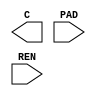
// Verilog HDL NetList 
//   timeStamp 2005 7 28 16 16 54 
//   author "Avanti Corporation."
//   program "A2Hdl" 
//   design library: io_tpz013g3
//   cell name     : io_tpz013g3.CEL (version 1)
module PDUWDGZ ( C , PAD , REN );
    output C ;
    input PAD ;
    input REN ;
endmodule 
module PDXO01DG ( XC , XIN , XOUT );
    output XC ;
    input XIN ;
    output XOUT ;
endmodule 
module PDXO02DG ( XC , XIN , XOUT );
    output XC ;
    input XIN ;
    output XOUT ;
endmodule 
module PDXO03DG ( XC , XIN , XOUT );
    output XC ;
    input XIN ;
    output XOUT ;
endmodule 
module PDXOE1DG ( E , XC , XIN , XOUT );
    input E ;
    output XC ;
    input XIN ;
    output XOUT ;
endmodule 
module PDXOE2DG ( E , XC , XIN , XOUT );
    input E ;
    output XC ;
    input XIN ;
    output XOUT ;
endmodule 
module PDXOE3DG ( E , XC , XIN , XOUT );
    input E ;
    output XC ;
    input XIN ;
    output XOUT ;
endmodule 
module PFEED0_005Z ();
endmodule 
module PFEED0_01Z ();
endmodule 
module PDD12DGZ ( C , I , OEN , PAD );
    output C ;
    input I ;
    input OEN ;
    inout PAD ;
endmodule 
module PDD12SDGZ ( C , I , OEN , PAD );
    output C ;
    input I ;
    input OEN ;
    inout PAD ;
endmodule 
module PDD16DGZ ( C , I , OEN , PAD );
    output C ;
    input I ;
    input OEN ;
    inout PAD ;
endmodule 
module PDD16SDGZ ( C , I , OEN , PAD );
    output C ;
    input I ;
    input OEN ;
    inout PAD ;
endmodule 
module PDD24DGZ ( C , I , OEN , PAD );
    output C ;
    input I ;
    input OEN ;
    inout PAD ;
endmodule 
module PDD24SDGZ ( C , I , OEN , PAD );
    output C ;
    input I ;
    input OEN ;
    inout PAD ;
endmodule 
module PDDDGZ ( C , PAD );
    output C ;
    input PAD ;
endmodule 
module PDDSDGZ ( C , PAD );
    output C ;
    input PAD ;
endmodule 
module PDDW02DGZ ( C , I , OEN , PAD , REN );
    output C ;
    input I ;
    input OEN ;
    inout PAD ;
    input REN ;
endmodule 
module PDDW04DGZ ( C , I , OEN , PAD , REN );
    output C ;
    input I ;
    input OEN ;
    inout PAD ;
    input REN ;
endmodule 
module PDDW08DGZ ( C , I , OEN , PAD , REN );
    output C ;
    input I ;
    input OEN ;
    inout PAD ;
    input REN ;
endmodule 
module PDDW12DGZ ( C , I , OEN , PAD , REN );
    output C ;
    input I ;
    input OEN ;
    inout PAD ;
    input REN ;
endmodule 
module PDDW16DGZ ( C , I , OEN , PAD , REN );
    output C ;
    input I ;
    input OEN ;
    inout PAD ;
    input REN ;
endmodule 
module PRD24SDGZ ( C , I , OEN , PAD );
    output C ;
    input I ;
    input OEN ;
    inout PAD ;
endmodule 
module PRDW08DGZ ( C , I , OEN , PAD , REN );
    output C ;
    input I ;
    input OEN ;
    inout PAD ;
    input REN ;
endmodule 
module PRDW12DGZ ( C , I , OEN , PAD , REN );
    output C ;
    input I ;
    input OEN ;
    inout PAD ;
    input REN ;
endmodule 
module PRDW16DGZ ( C , I , OEN , PAD , REN );
    output C ;
    input I ;
    input OEN ;
    inout PAD ;
    input REN ;
endmodule 
module PRDW24DGZ ( C , I , OEN , PAD , REN );
    output C ;
    input I ;
    input OEN ;
    inout PAD ;
    input REN ;
endmodule 
module PRO08CDG ( I , PAD );
    input I ;
    output PAD ;
endmodule 
module PRO12CDG ( I , PAD );
    input I ;
    output PAD ;
endmodule 
module PRO16CDG ( I , PAD );
    input I ;
    output PAD ;
endmodule 
module PRO24CDG ( I , PAD );
    input I ;
    output PAD ;
endmodule 
module PDU02DGZ ( C , I , OEN , PAD );
    output C ;
    input I ;
    input OEN ;
    inout PAD ;
endmodule 
module PDU02SDGZ ( C , I , OEN , PAD );
    output C ;
    input I ;
    input OEN ;
    inout PAD ;
endmodule 
module PDU04DGZ ( C , I , OEN , PAD );
    output C ;
    input I ;
    input OEN ;
    inout PAD ;
endmodule 
module PDU04SDGZ ( C , I , OEN , PAD );
    output C ;
    input I ;
    input OEN ;
    inout PAD ;
endmodule 
module PDU08DGZ ( C , I , OEN , PAD );
    output C ;
    input I ;
    input OEN ;
    inout PAD ;
endmodule 
module PDU08SDGZ ( C , I , OEN , PAD );
    output C ;
    input I ;
    input OEN ;
    inout PAD ;
endmodule 
module PDU12DGZ ( C , I , OEN , PAD );
    output C ;
    input I ;
    input OEN ;
    inout PAD ;
endmodule 
module PDU12SDGZ ( C , I , OEN , PAD );
    output C ;
    input I ;
    input OEN ;
    inout PAD ;
endmodule 
module PDU16DGZ ( C , I , OEN , PAD );
    output C ;
    input I ;
    input OEN ;
    inout PAD ;
endmodule 
module PDU16SDGZ ( C , I , OEN , PAD );
    output C ;
    input I ;
    input OEN ;
    inout PAD ;
endmodule 
module PDU24DGZ ( C , I , OEN , PAD );
    output C ;
    input I ;
    input OEN ;
    inout PAD ;
endmodule 
module PDU24SDGZ ( C , I , OEN , PAD );
    output C ;
    input I ;
    input OEN ;
    inout PAD ;
endmodule 
module PDUDGZ ( C , PAD );
    output C ;
    input PAD ;
endmodule 
module PDUSDGZ ( C , PAD );
    output C ;
    input PAD ;
endmodule 
module PDUW02DGZ ( C , I , OEN , PAD , REN );
    output C ;
    input I ;
    input OEN ;
    inout PAD ;
    input REN ;
endmodule 
module PDUW04DGZ ( C , I , OEN , PAD , REN );
    output C ;
    input I ;
    input OEN ;
    inout PAD ;
    input REN ;
endmodule 
module PDUW08DGZ ( C , I , OEN , PAD , REN );
    output C ;
    input I ;
    input OEN ;
    inout PAD ;
    input REN ;
endmodule 
module PDUW12DGZ ( C , I , OEN , PAD , REN );
    output C ;
    input I ;
    input OEN ;
    inout PAD ;
    input REN ;
endmodule 
module PDUW16DGZ ( C , I , OEN , PAD , REN );
    output C ;
    input I ;
    input OEN ;
    inout PAD ;
    input REN ;
endmodule 
module PDUW24DGZ ( C , I , OEN , PAD , REN );
    output C ;
    input I ;
    input OEN ;
    inout PAD ;
    input REN ;
endmodule 
module PRUW12DGZ ( C , I , OEN , PAD , REN );
    output C ;
    input I ;
    input OEN ;
    inout PAD ;
    input REN ;
endmodule 
module PRUW16DGZ ( C , I , OEN , PAD , REN );
    output C ;
    input I ;
    input OEN ;
    inout PAD ;
    input REN ;
endmodule 
module PRUW24DGZ ( C , I , OEN , PAD , REN );
    output C ;
    input I ;
    input OEN ;
    inout PAD ;
    input REN ;
endmodule 
module PVDD1DGZ ();
endmodule 
module PVDD2DGZ ();
endmodule 
module PVDD2POC ();
endmodule 
module PVSS1DGZ ();
endmodule 
module PVSS2DGZ ();
endmodule 
module PVSS3DGZ ();
endmodule 
module PFEED0_1Z ();
endmodule 
module PFEED10Z ();
endmodule 
module PFEED1Z ();
endmodule 
module PFEED20Z ();
endmodule 
module PFEED5Z ();
endmodule 
module PRB08DGZ ( C , I , OEN , PAD );
    output C ;
    input I ;
    input OEN ;
    inout PAD ;
endmodule 
module PRB08SDGZ ( C , I , OEN , PAD );
    output C ;
    input I ;
    input OEN ;
    inout PAD ;
endmodule 
module PRB12DGZ ( C , I , OEN , PAD );
    output C ;
    input I ;
    input OEN ;
    inout PAD ;
endmodule 
module PRB12SDGZ ( C , I , OEN , PAD );
    output C ;
    input I ;
    input OEN ;
    inout PAD ;
endmodule 
module PRB16DGZ ( C , I , OEN , PAD );
    output C ;
    input I ;
    input OEN ;
    inout PAD ;
endmodule 
module PRB16SDGZ ( C , I , OEN , PAD );
    output C ;
    input I ;
    input OEN ;
    inout PAD ;
endmodule 
module PRB24DGZ ( C , I , OEN , PAD );
    output C ;
    input I ;
    input OEN ;
    inout PAD ;
endmodule 
module PRB24SDGZ ( C , I , OEN , PAD );
    output C ;
    input I ;
    input OEN ;
    inout PAD ;
endmodule 
module PRD08DGZ ( C , I , OEN , PAD );
    output C ;
    input I ;
    input OEN ;
    inout PAD ;
endmodule 
module PRD08SDGZ ( C , I , OEN , PAD );
    output C ;
    input I ;
    input OEN ;
    inout PAD ;
endmodule 
module PRD12DGZ ( C , I , OEN , PAD );
    output C ;
    input I ;
    input OEN ;
    inout PAD ;
endmodule 
module PRD12SDGZ ( C , I , OEN , PAD );
    output C ;
    input I ;
    input OEN ;
    inout PAD ;
endmodule 
module PRD16DGZ ( C , I , OEN , PAD );
    output C ;
    input I ;
    input OEN ;
    inout PAD ;
endmodule 
module PRD16SDGZ ( C , I , OEN , PAD );
    output C ;
    input I ;
    input OEN ;
    inout PAD ;
endmodule 
module PRD24DGZ ( C , I , OEN , PAD );
    output C ;
    input I ;
    input OEN ;
    inout PAD ;
endmodule 
module PDB04DGZ ( C , I , OEN , PAD );
    output C ;
    input I ;
    input OEN ;
    inout PAD ;
endmodule 
module PDB04SDGZ ( C , I , OEN , PAD );
    output C ;
    input I ;
    input OEN ;
    inout PAD ;
endmodule 
module PDB08DGZ ( C , I , OEN , PAD );
    output C ;
    input I ;
    input OEN ;
    inout PAD ;
endmodule 
module PDB08SDGZ ( C , I , OEN , PAD );
    output C ;
    input I ;
    input OEN ;
    inout PAD ;
endmodule 
module PDB12DGZ ( C , I , OEN , PAD );
    output C ;
    input I ;
    input OEN ;
    inout PAD ;
endmodule 
module PDB12SDGZ ( C , I , OEN , PAD );
    output C ;
    input I ;
    input OEN ;
    inout PAD ;
endmodule 
module PDB16DGZ ( C , I , OEN , PAD );
    output C ;
    input I ;
    input OEN ;
    inout PAD ;
endmodule 
module PDB16SDGZ ( C , I , OEN , PAD );
    output C ;
    input I ;
    input OEN ;
    inout PAD ;
endmodule 
module PDB24DGZ ( C , I , OEN , PAD );
    output C ;
    input I ;
    input OEN ;
    inout PAD ;
endmodule 
module PDB24SDGZ ( C , I , OEN , PAD );
    output C ;
    input I ;
    input OEN ;
    inout PAD ;
endmodule 
module PDD02DGZ ( C , I , OEN , PAD );
    output C ;
    input I ;
    input OEN ;
    inout PAD ;
endmodule 
module PDD02SDGZ ( C , I , OEN , PAD );
    output C ;
    input I ;
    input OEN ;
    inout PAD ;
endmodule 
module PDD04DGZ ( C , I , OEN , PAD );
    output C ;
    input I ;
    input OEN ;
    inout PAD ;
endmodule 
module PDD04SDGZ ( C , I , OEN , PAD );
    output C ;
    input I ;
    input OEN ;
    inout PAD ;
endmodule 
module PDD08DGZ ( C , I , OEN , PAD );
    output C ;
    input I ;
    input OEN ;
    inout PAD ;
endmodule 
module PDD08SDGZ ( C , I , OEN , PAD );
    output C ;
    input I ;
    input OEN ;
    inout PAD ;
endmodule 
module PRT08DGZ ( I , OEN , PAD );
    input I ;
    input OEN ;
    output PAD ;
endmodule 
module PRT12DGZ ( I , OEN , PAD );
    input I ;
    input OEN ;
    output PAD ;
endmodule 
module PRT16DGZ ( I , OEN , PAD );
    input I ;
    input OEN ;
    output PAD ;
endmodule 
module PRT24DGZ ( I , OEN , PAD );
    input I ;
    input OEN ;
    output PAD ;
endmodule 
module PRU08DGZ ( C , I , OEN , PAD );
    output C ;
    input I ;
    input OEN ;
    inout PAD ;
endmodule 
module PRU08SDGZ ( C , I , OEN , PAD );
    output C ;
    input I ;
    input OEN ;
    inout PAD ;
endmodule 
module PRU12DGZ ( C , I , OEN , PAD );
    output C ;
    input I ;
    input OEN ;
    inout PAD ;
endmodule 
module PRU12SDGZ ( C , I , OEN , PAD );
    output C ;
    input I ;
    input OEN ;
    inout PAD ;
endmodule 
module PRU16DGZ ( C , I , OEN , PAD );
    output C ;
    input I ;
    input OEN ;
    inout PAD ;
endmodule 
module PRU16SDGZ ( C , I , OEN , PAD );
    output C ;
    input I ;
    input OEN ;
    inout PAD ;
endmodule 
module PRU24DGZ ( C , I , OEN , PAD );
    output C ;
    input I ;
    input OEN ;
    inout PAD ;
endmodule 
module PRU24SDGZ ( C , I , OEN , PAD );
    output C ;
    input I ;
    input OEN ;
    inout PAD ;
endmodule 
module PRUW08DGZ ( C , I , OEN , PAD , REN );
    output C ;
    input I ;
    input OEN ;
    inout PAD ;
    input REN ;
endmodule 
module PDDW24DGZ ( C , I , OEN , PAD , REN );
    output C ;
    input I ;
    input OEN ;
    inout PAD ;
    input REN ;
endmodule 
module PDDWDGZ ( C , PAD , REN );
    output C ;
    input PAD ;
    input REN ;
endmodule 
module PDIDGZ ( C , PAD );
    output C ;
    input PAD ;
endmodule 
module PDISDGZ ( C , PAD );
    output C ;
    input PAD ;
endmodule 
module PDO02CDG ( I , PAD );
    input I ;
    output PAD ;
endmodule 
module PDO04CDG ( I , PAD );
    input I ;
    output PAD ;
endmodule 
module PDO08CDG ( I , PAD );
    input I ;
    output PAD ;
endmodule 
module PDO12CDG ( I , PAD );
    input I ;
    output PAD ;
endmodule 
module PDO16CDG ( I , PAD );
    input I ;
    output PAD ;
endmodule 
module PDO24CDG ( I , PAD );
    input I ;
    output PAD ;
endmodule 
module PDT02DGZ ( I , OEN , PAD );
    input I ;
    input OEN ;
    output PAD ;
endmodule 
module PDT04DGZ ( I , OEN , PAD );
    input I ;
    input OEN ;
    output PAD ;
endmodule 
module PDT08DGZ ( I , OEN , PAD );
    input I ;
    input OEN ;
    output PAD ;
endmodule 
module PDT12DGZ ( I , OEN , PAD );
    input I ;
    input OEN ;
    output PAD ;
endmodule 
module PDT16DGZ ( I , OEN , PAD );
    input I ;
    input OEN ;
    output PAD ;
endmodule 
module PDT24DGZ ( I , OEN , PAD );
    input I ;
    input OEN ;
    output PAD ;
endmodule 
module PADIZ40 ();
endmodule 
module PADIZ45 ();
endmodule 
module PADLZ60 ();
endmodule 
module PADLZ85 ();
endmodule 
module PADOZ40 ();
endmodule 
module PADOZ45 ();
endmodule 
module PCI33DGZ ( C , I , OEN , PAD );
    output C ;
    input I ;
    input OEN ;
    inout PAD ;
endmodule 
module PCI33SDGZ ( C , I , OEN , PAD );
    output C ;
    input I ;
    input OEN ;
    inout PAD ;
endmodule 
module PCI66DGZ ( C , I , OEN , PAD );
    output C ;
    input I ;
    input OEN ;
    inout PAD ;
endmodule 
module PCI66SDGZ ( C , I , OEN , PAD );
    output C ;
    input I ;
    input OEN ;
    inout PAD ;
endmodule 
module PCORNERDGZ ();
endmodule 
module PDB02DGZ ( C , I , OEN , PAD );
    output C ;
    input I ;
    input OEN ;
    inout PAD ;
endmodule 
module PDB02SDGZ ( C , I , OEN , PAD );
    output C ;
    input I ;
    input OEN ;
    inout PAD ;
endmodule